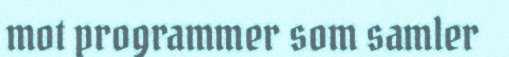
mot programmer som samler